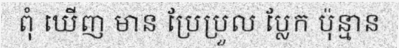
ពុំ ឃើញ មាន ប្រែប្រួល ប្លែក ប៉ុន្មាន